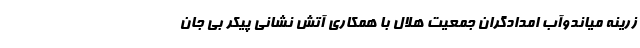
زرینه میاندوآب امدادگران جمعیت هلال با همکاری آتش نشانی پیکر بی جان